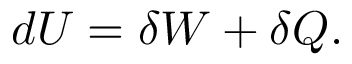
~ d U = \delta W + \delta Q .